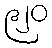
၉၂၀